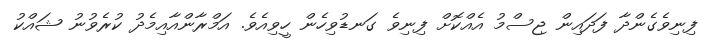
ފިނިވެގެންދާ ފަދައިން ޖިސްމު އެއްކޮށް ފިނިވެ ގަނޑުވިހެން ހީވިއެވެ. އަމްރާންއާއިމެދު ކުރެވުނު ޝައްކު